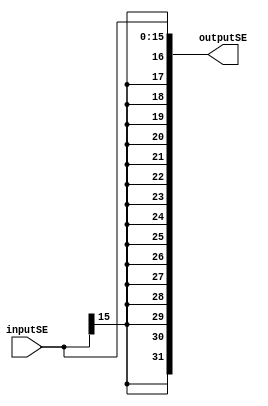
module signEx(inputSE,outputSE);
input [15:0]inputSE;
output [31:0]outputSE;

assign outputSE={{16{inputSE[15]}},inputSE};
endmodule